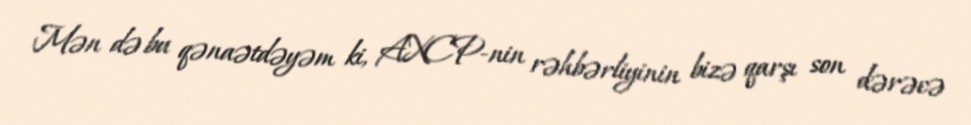
Mən də bu qənaətdəyəm ki, AXCP-nin rəhbərliyinin bizə qarşı son dərəcə